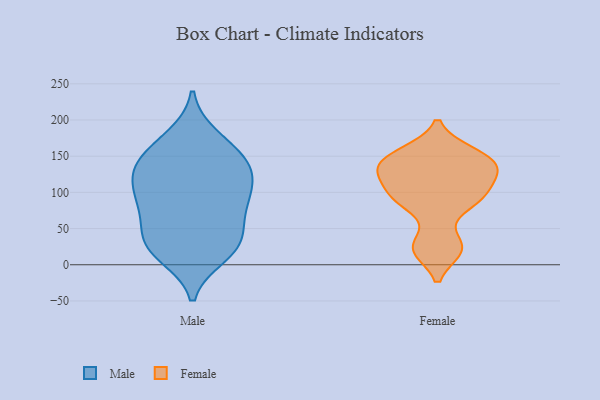
{"axis": {"x": "Production Output", "y": "Value"}, "legend": ["Female", "Male"], "data": [{"x": "", "y": 170, "type": "Male"}, {"x": "", "y": 19, "type": "Male"}, {"x": "", "y": 145, "type": "Male"}, {"x": "", "y": 126, "type": "Male"}, {"x": "", "y": 73, "type": "Male"}, {"x": "", "y": 106, "type": "Male"}, {"x": "", "y": 90, "type": "Male"}, {"x": "", "y": 13, "type": "Male"}, {"x": "", "y": 35, "type": "Male"}, {"x": "", "y": 136, "type": "Male"}, {"x": "", "y": 91, "type": "Male"}, {"x": "", "y": 45, "type": "Male"}, {"x": "", "y": 108, "type": "Male"}, {"x": "", "y": 140, "type": "Male"}, {"x": "", "y": 76, "type": "Male"}, {"x": "", "y": 31, "type": "Male"}, {"x": "", "y": 177, "type": "Male"}, {"x": "", "y": 141, "type": "Male"}, {"x": "", "y": 23, "type": "Male"}, {"x": "", "y": 150, "type": "Female"}, {"x": "", "y": 25, "type": "Female"}, {"x": "", "y": 21, "type": "Female"}, {"x": "", "y": 132, "type": "Female"}, {"x": "", "y": 100, "type": "Female"}, {"x": "", "y": 133, "type": "Female"}, {"x": "", "y": 88, "type": "Female"}, {"x": "", "y": 155, "type": "Female"}, {"x": "", "y": 125, "type": "Female"}, {"x": "", "y": 89, "type": "Female"}]}